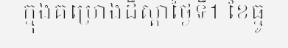
ក្នុងគម្រោងដឹស្តាថ្ងៃទី1 ខែធ្នូ